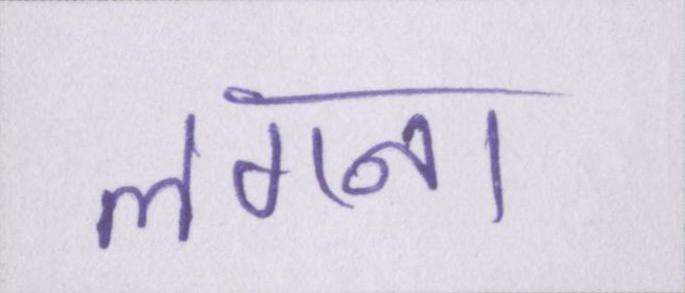
लगना